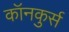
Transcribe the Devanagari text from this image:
कॉनकुर्स